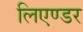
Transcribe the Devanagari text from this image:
लिएण्डर